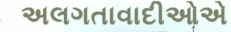
અલગતાવાદીઓએ